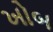
ખોબ